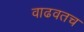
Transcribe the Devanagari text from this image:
वाढवतच